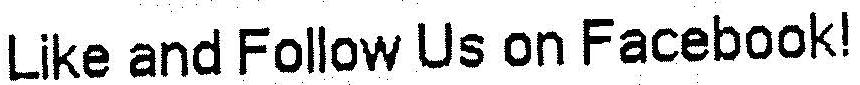
LIKE AND FOLLOW US ON FACEBOOK!